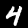
Label: 4